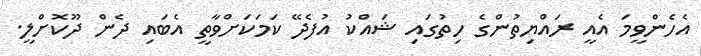
އެހެންވީމަ އެއީ ރައްޔިތުންގެ ހިތުގައި ޝައްކު އުފެދޭ ކަމަކަށްވާތީ އެބައި ދެން ދޫކޮށްލީ.